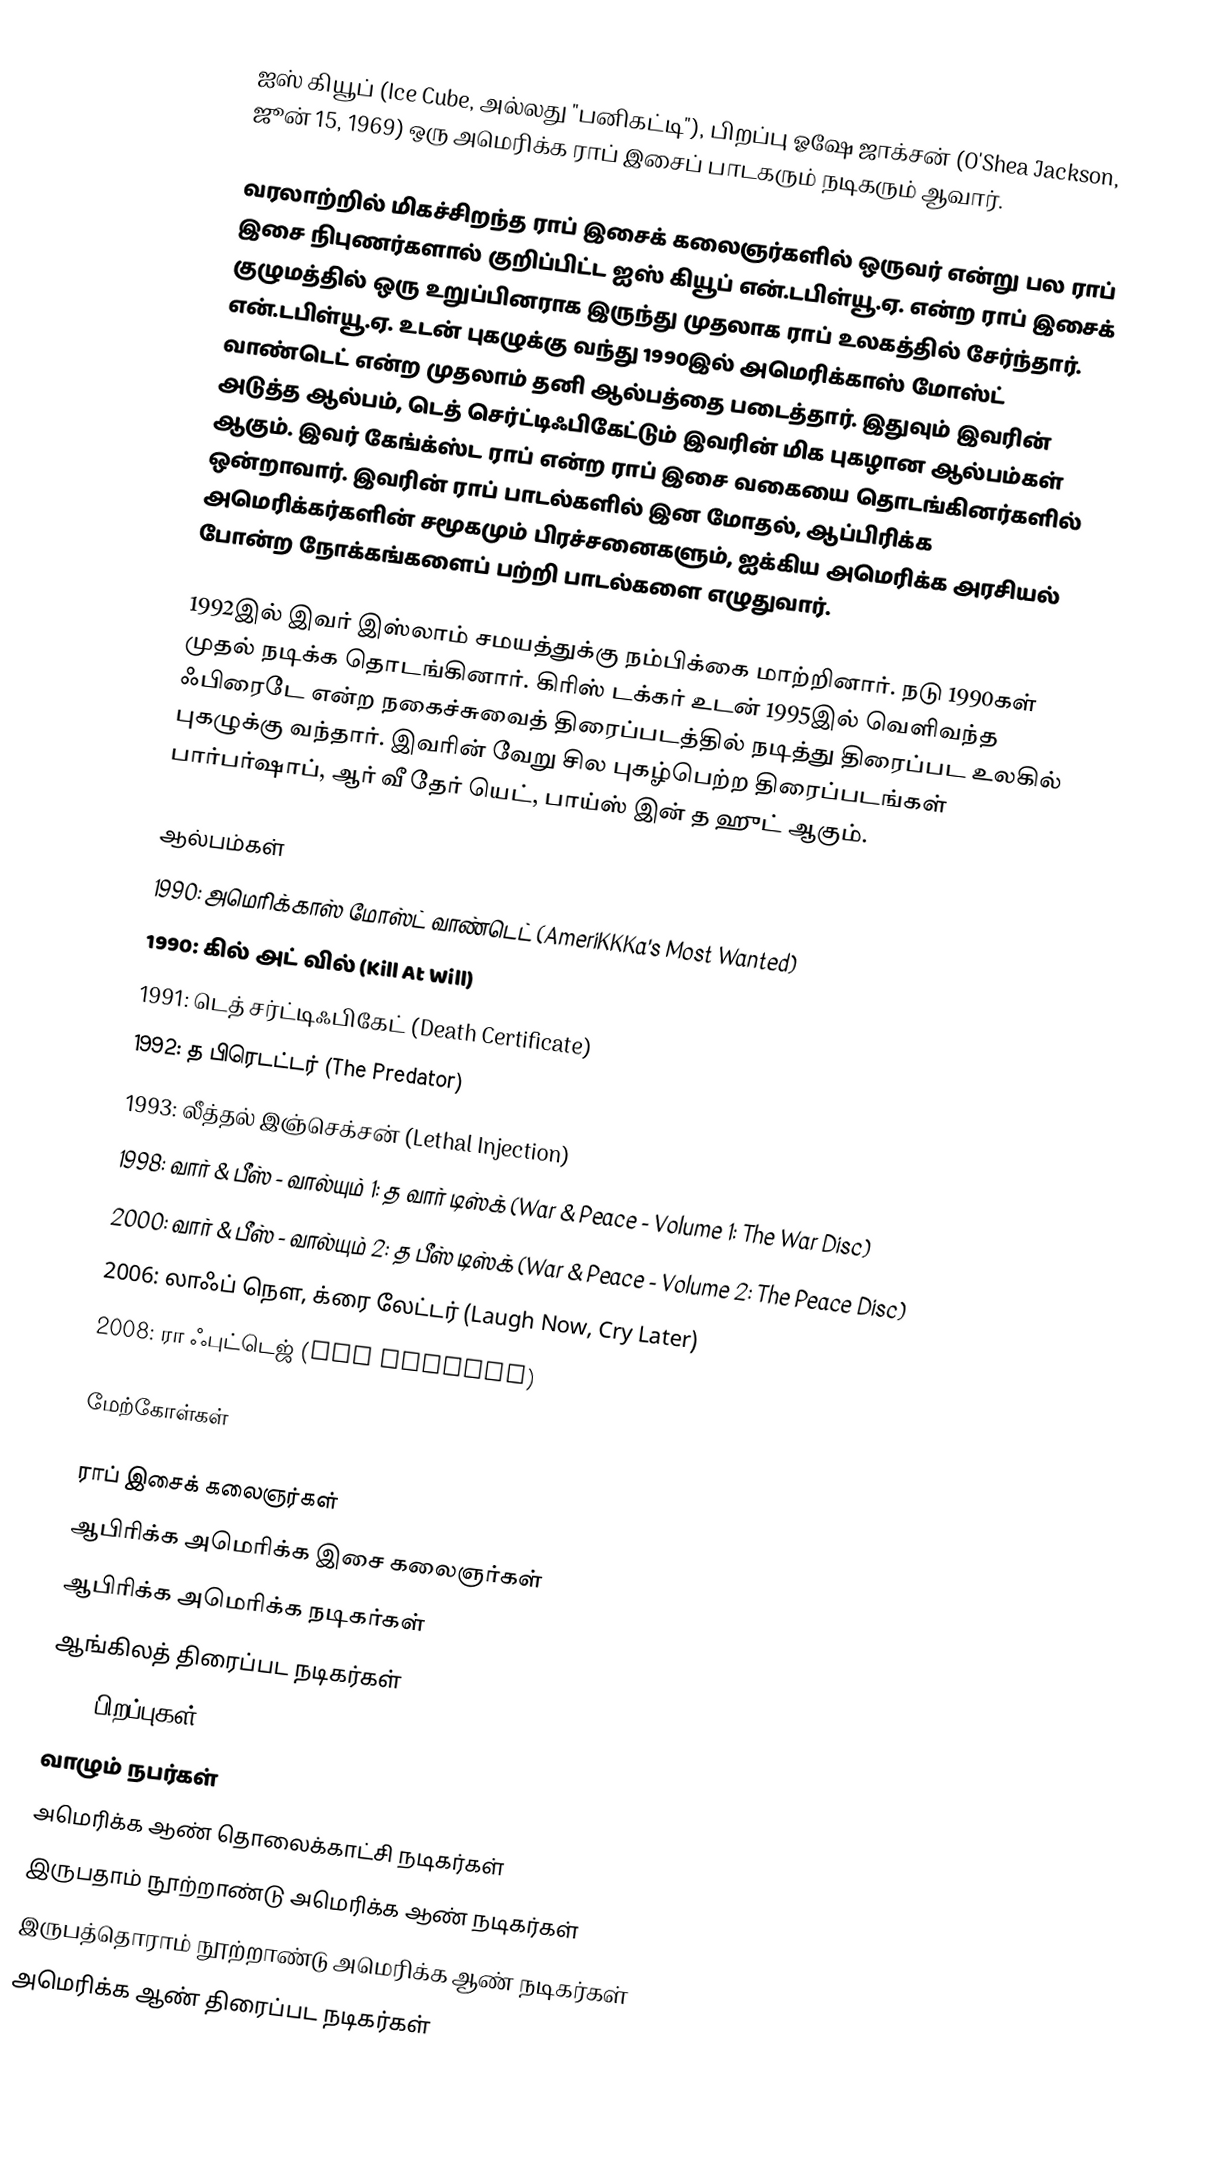
ஐஸ் கியூப் (Ice Cube, அல்லது "பனிகட்டி"), பிறப்பு ஓஷே ஜாக்சன் (O'Shea Jackson, ஜூன் 15, 1969) ஒரு அமெரிக்க ராப் இசைப் பாடகரும் நடிகரும் ஆவார்.

வரலாற்றில் மிகச்சிறந்த ராப் இசைக் கலைஞர்களில் ஒருவர் என்று பல ராப் இசை நிபுணர்களால் குறிப்பிட்ட ஐஸ் கியூப் என்.டபிள்யூ.ஏ. என்ற ராப் இசைக் குழுமத்தில் ஒரு உறுப்பினராக இருந்து முதலாக ராப் உலகத்தில் சேர்ந்தார். என்.டபிள்யூ.ஏ. உடன் புகழுக்கு வந்து 1990இல் அமெரிக்காஸ் மோஸ்ட் வாண்டெட் என்ற முதலாம் தனி ஆல்பத்தை படைத்தார். இதுவும் இவரின் அடுத்த ஆல்பம், டெத் செர்ட்டிஃபிகேட்டும் இவரின் மிக புகழான ஆல்பம்கள் ஆகும். இவர் கேங்க்ஸ்ட ராப் என்ற ராப் இசை வகையை தொடங்கினர்களில் ஒன்றாவார். இவரின் ராப் பாடல்களில் இன மோதல், ஆப்பிரிக்க அமெரிக்கர்களின் சமூகமும் பிரச்சனைகளும், ஐக்கிய அமெரிக்க அரசியல் போன்ற நோக்கங்களைப் பற்றி பாடல்களை எழுதுவார்.

1992இல் இவர் இஸ்லாம் சமயத்துக்கு நம்பிக்கை மாற்றினார். நடு 1990கள் முதல் நடிக்க தொடங்கினார். கிரிஸ் டக்கர் உடன் 1995இல் வெளிவந்த ஃபிரைடே என்ற நகைச்சுவைத் திரைப்படத்தில் நடித்து திரைப்பட உலகில் புகழுக்கு வந்தார். இவரின் வேறு சில புகழ்பெற்ற திரைப்படங்கள் பார்பர்ஷாப், ஆர் வீ தேர் யெட், பாய்ஸ் இன் த ஹுட் ஆகும்.

ஆல்பம்கள்
 1990: அமெரிக்காஸ் மோஸ்ட் வாண்டெட் (AmeriKKKa's Most Wanted)
 1990: கில் அட் வில் (Kill At Will)
 1991: டெத் சர்ட்டிஃபிகேட் (Death Certificate)
 1992: த பிரெடட்டர் (The Predator)
 1993: லீத்தல் இஞ்செக்சன் (Lethal Injection)
 1998: வார் & பீஸ் - வால்யும் 1: த வார் டிஸ்க் (War & Peace - Volume 1: The War Disc)
 2000: வார் & பீஸ் - வால்யும் 2: த பீஸ் டிஸ்க் (War & Peace - Volume 2: The Peace Disc)
 2006: லாஃப் நௌ, க்ரை லேட்டர் (Laugh Now, Cry Later)
 2008: ரா ஃபுட்டெஜ் (Raw Footage)

மேற்கோள்கள்

ராப் இசைக் கலைஞர்கள்
ஆபிரிக்க அமெரிக்க இசை கலைஞர்கள்
ஆபிரிக்க அமெரிக்க நடிகர்கள்
ஆங்கிலத் திரைப்பட நடிகர்கள்
1969 பிறப்புகள்
வாழும் நபர்கள்
அமெரிக்க ஆண் தொலைக்காட்சி நடிகர்கள்
இருபதாம் நூற்றாண்டு அமெரிக்க ஆண் நடிகர்கள்
இருபத்தொராம் நூற்றாண்டு அமெரிக்க ஆண் நடிகர்கள்
அமெரிக்க ஆண் திரைப்பட நடிகர்கள்